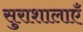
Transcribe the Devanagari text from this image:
सुराशालाएँ